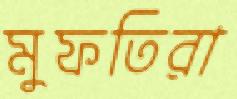
মুফতিরা